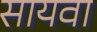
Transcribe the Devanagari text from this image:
सायवा